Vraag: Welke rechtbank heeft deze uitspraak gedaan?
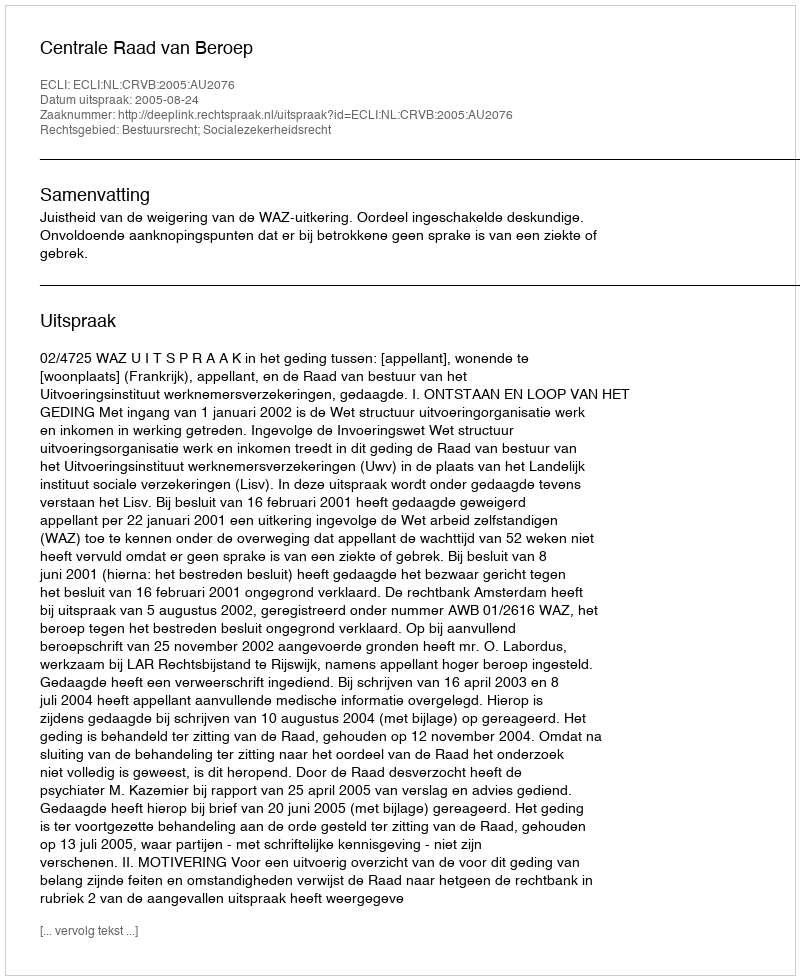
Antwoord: Centrale Raad van Beroep